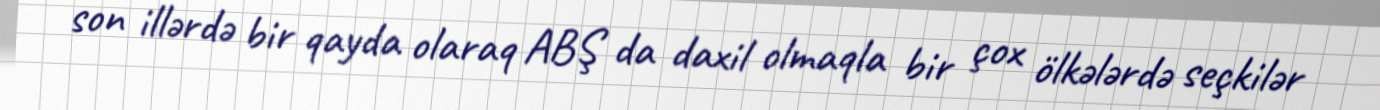
son illərdə bir qayda olaraq ABŞ da daxil olmaqla bir çox ölkələrdə seçkilər